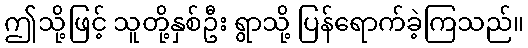
ဤသို့ဖြင့် သူတို့နှစ်ဦး ရွာသို့ ပြန်ရောက်ခဲ့ကြသည်။